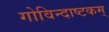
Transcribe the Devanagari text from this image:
गोविन्दाष्टकम्‌